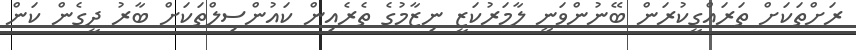
ރަށްތަކަށް ތަރައްގީކުރަން ބޭނުންވަނީ ލާމަރުކަޒީ ނިޒާމުގެ ތެރެއިން ކައުންސިލްތަކަށް ބާރު ދީގެން ކަން